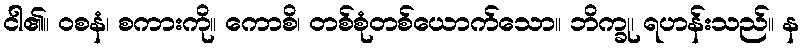
ငါ၏။ ဝစနံ၊ စကားကို။ ကောစိ၊ တစ်စုံတစ်ယောက်သော။ ဘိက္ခု၊ ရဟန်းသည်။ န